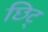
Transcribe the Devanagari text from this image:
छिट्